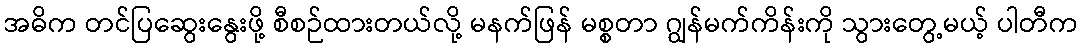
အဓိက တင်ပြဆွေးနွေးဖို့ စီစဉ်ထားတယ်လို့ မနက်ဖြန် မစ္စတာ ဂျွန်မက်ကိန်းကို သွားတွေ့မယ့် ပါတီက